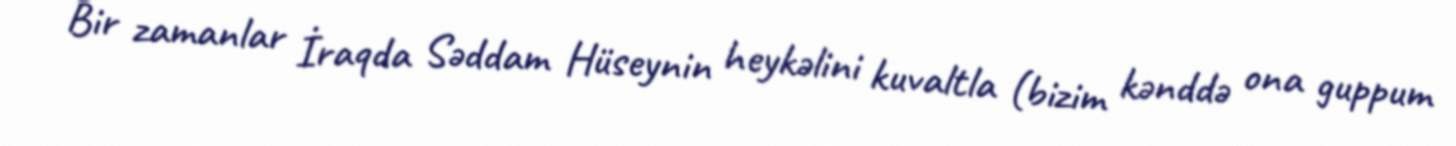
Bir zamanlar İraqda Səddam Hüseynin heykəlini kuvaltla (bizim kənddə ona guppum